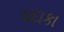
પદાકા